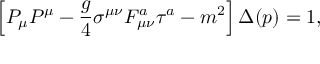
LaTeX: \left[ P _ { \mu } P ^ { \mu } - { \frac { g } { 4 } } \sigma ^ { \mu \nu } F _ { \mu \nu } ^ { a } \tau ^ { a } - m ^ { 2 } \right] \Delta ( p ) = 1 ,